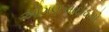
ઓગણસાઈઠમો